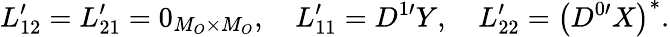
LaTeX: L_{12}^{\prime}=L_{21}^{\prime}=0_{M_{O}\times M_{O}},\quad L_{11}^{\prime}=D^{1\prime}Y,\quad L_{22}^{\prime}=\left(D^{0\prime}X\right)^{*}.